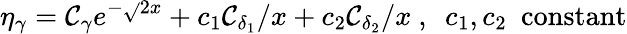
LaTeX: \eta_{\gamma}=\mathcal{C}_{\gamma}e^{-\sqrt{}{{2}}x}+c_{1}\mathcal{C}_{\delta_{1}}/x+c_{2}\mathcal{C}_{\delta_{2}}/x\ ,\ \ c_{1},c_{2}\ \ \mathrm{{constant}}